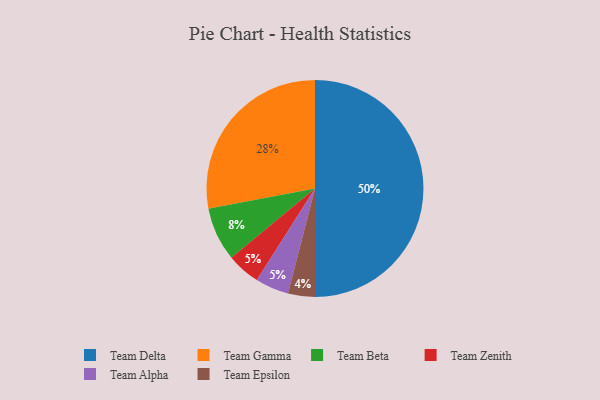
{"axis": {"x": "Category", "y": "Percentage"}, "legend": ["Team Alpha", "Team Beta", "Team Delta", "Team Epsilon", "Team Gamma", "Team Zenith"], "data": [{"x": "Team Zenith", "y": 5, "type": "Team Zenith"}, {"x": "Team Delta", "y": 50, "type": "Team Delta"}, {"x": "Team Epsilon", "y": 4, "type": "Team Epsilon"}, {"x": "Team Beta", "y": 8, "type": "Team Beta"}, {"x": "Team Alpha", "y": 5, "type": "Team Alpha"}, {"x": "Team Gamma", "y": 28, "type": "Team Gamma"}]}